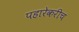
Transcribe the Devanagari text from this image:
पहारेकरीच